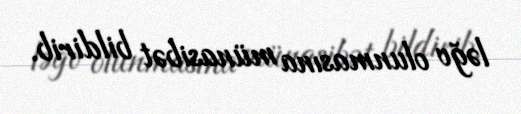
ləğv olunmasına münasibət bildirib.